Medical and sanitary report on the native army of Bombay for the year
Year: 1878
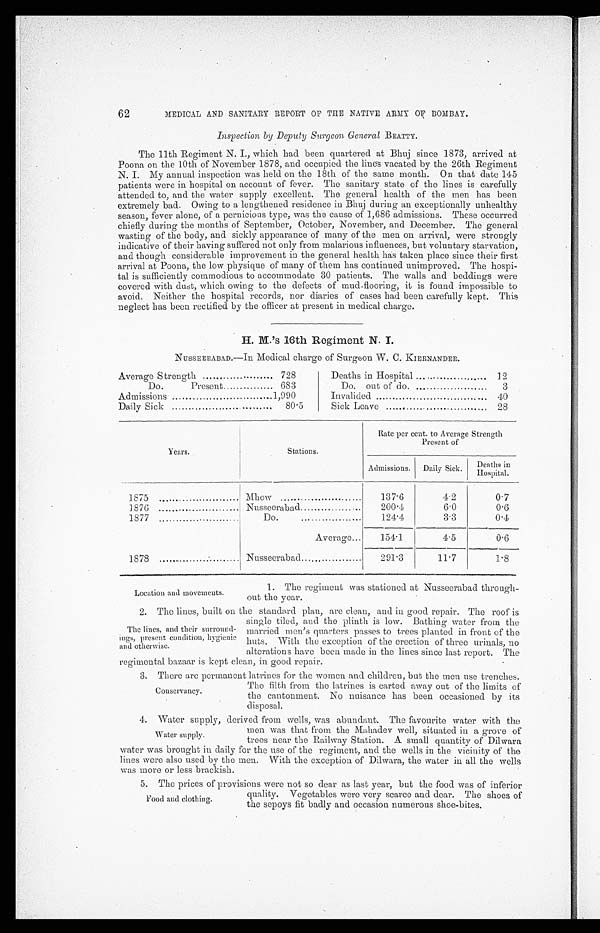
62
MEDICAL AND SANITARY REPORT OF THE NATIVE ARMY OF BOMBAY.
Inspection by Deputy Surgeon General BEATTY.
The 11th Regiment N. I., which had been quartered at Bhuj since 1873, arrived at
Poona on the 10th of November 1878, and occupied the lines vacated by the 26th Regiment
N. I. My annual inspection was held on the 18th of the same month. On that date 145
patients were in hospital on account of fever. The sanitary state of the lines is carefully
attended to, and the water supply excellent. The general health of the men has been
extremely bad. Owing to a lengthened residence in Bhuj during an exceptionally unhealthy
season, fever alone, of a pernicious type, was the cause of 1,686 admissions. These occurred
chiefly during the months of September, October, November, and December. The general
wasting of the body, and sickly appearance of many of the men on arrival, were strongly
indicative of their having suffered not only from malarious influences, but voluntary starvation,
and though considerable improvement in the general health has taken place since their first
arrival at Poona, the low physique of many of them has continued unimproved. The hospi-
tal is sufficiently commodious to accommodate 30 patients. The walls and beddings were
covered with dust, which owing to the defects of mud-flooring, it is found impossible to
avoid. Neither the hospital records, nor diaries of cases had been carefully kept. This
neglect has been rectified by the officer at present in medical charge.
H. M.'s 16th Regiment N. I.
NUSSEERABAD. —In Medical charge of Surgeon W. C. K1ERNANDER.
Average Strength
728
Do.
Present
683
Admissions
1,990
Daily Sick
80.5
Deaths in Hospital
1 2 1 2
1 2
Do. out of do.
3
Invalided
... 40
Sick Leave
28
Years.
Stations.
Rate per cent. to Average Strength
Present of
Admissions.
Daily Sick.
Deaths in
Hospital.
1875
Mhow
137.6
4.2
0.7
1876
Nusseeraba d
200.4
6.0
0.6
1877
Do.
124.4
3.3
0.4
1878
....
Average...
154.1
4.5
0.6
Nusseerabad
291.3
11.7
1.8
Location and movements.
1. The regiment was stationed at Nusseerabad through
-out the year.
2. The lines, built on the standard plan, are clean, and in good repair. The roof is
single tiled, and the plinth is low. Bathing water from the
married men’s quarters passes to trees planted in front of the
huts. With the exception of the erection of three urinals, no
alterations have been made in the lines since last report. The
regimental bazaar is Kept clean, in good repair.
3. There are permanent latrines for the women and children, but the men use trenches.
The lines, and their surround-
ings, present condition, hygienic
and otherwise.
Conservancy.
The filth from the latrines is carted away out of tile limits of
the cantonment. No nuisance has been occasioned by its
disposal.
4. Water supply, derived from wells, was abundant. The favourite water with the
Water supply.
men was that from the Mahadev well, situated in a grove of
trees near the Railway Station. A small quantity of Dilwara
water was brought in daily tor the use of the regiment, and the wells in the vicinity of the
lines were also used by the men. With the exception of Dilwara, the water in all the wells
was more or less brackish.
5. The prices of provisions were not so dear as last year, but the food was of inferior
Food and clothing.
quality. Vegetables were very scarce and dear. The shoes of
the sepoys fit badly and occasion numerous shoe-bites.